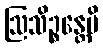
ဩသိဉ္စန္တေပိ